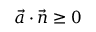
{ \vec { a } } \cdot { \vec { n } } \geq 0